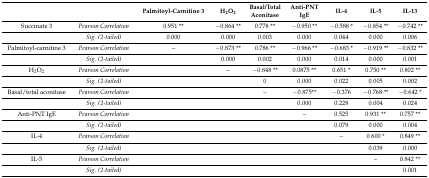
<table><thead><tr><td></td><td></td><td><b>Palmitoyl-Carnitine 3</b></td><td><b>H<sub>2</sub>O<sub>2</sub></b></td><td><b>Basal/Total Aconitase</b></td><td><b>Anti-PNT IgE</b></td><td><b>IL-4</b></td><td><b>IL-5</b></td><td><b>IL-13</b></td></tr></thead><tbody><tr><td>Succinate 3</td><td><i>Pearson Correlation</i></td><td>0.951 **</td><td>−0.864 **</td><td>0.778 **</td><td>−0.950 **</td><td>−0.588 *</td><td>−0.854 **</td><td>−0.742 **</td></tr><tr><td></td><td><i>Sig. (2-tailed)</i></td><td>0.000</td><td>0.000</td><td>0.003</td><td>0.000</td><td>0.044</td><td>0.000</td><td>0.006</td></tr><tr><td>Palmitoyl-carnitine 3</td><td><i>Pearson Correlation</i></td><td>–</td><td>−0.873 **</td><td>0.786 **</td><td>−0.966 **</td><td>−0.683 *</td><td>−0.919 **</td><td>−0.832 **</td></tr><tr><td></td><td><i>Sig. (2-tailed)</i></td><td></td><td>0.000</td><td>0.002</td><td>0.000</td><td>0.014</td><td>0.000</td><td>0.001</td></tr><tr><td>H<sub>2</sub>O<sub>2</sub></td><td><i>Pearson Correlation</i></td><td></td><td>–</td><td>−0.848 **</td><td>0.0875 **</td><td>0.651 *</td><td>0.750 **</td><td>0.802 **</td></tr><tr><td></td><td><i>Sig. (2-tailed)</i></td><td></td><td></td><td>0</td><td>0.000</td><td>0.022</td><td>0.005</td><td>0.002</td></tr><tr><td>Basal/total aconitase</td><td><i>Pearson Correlation</i></td><td></td><td></td><td>–</td><td>−0.875**</td><td>−0.376</td><td>−0.768 **</td><td>−0.642 *</td></tr><tr><td></td><td><i>Sig. (2-tailed)</i></td><td></td><td></td><td></td><td>0.000</td><td>0.228</td><td>0.004</td><td>0.024</td></tr><tr><td>Anti-PNT IgE</td><td><i>Pearson Correlation</i></td><td></td><td></td><td></td><td>–</td><td>0.525</td><td>0.931 **</td><td>0.757 **</td></tr><tr><td></td><td><i>Sig. (2-tailed)</i></td><td></td><td></td><td></td><td></td><td>0.079</td><td>0.000</td><td>0.004</td></tr><tr><td>IL-4</td><td><i>Pearson Correlation</i></td><td></td><td></td><td></td><td></td><td>–</td><td>0.600 *</td><td>0.849 **</td></tr><tr><td></td><td><i>Sig. (2-tailed)</i></td><td></td><td></td><td></td><td></td><td></td><td>0.039</td><td>0.000</td></tr><tr><td>IL-5</td><td><i>Pearson Correlation</i></td><td></td><td></td><td></td><td></td><td></td><td>–</td><td>0.842 **</td></tr><tr><td></td><td><i>Sig. (2-tailed)</i></td><td></td><td></td><td></td><td></td><td></td><td></td><td>0.001</td></tr></tbody></table>